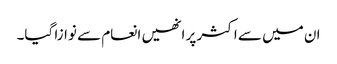
ان میں سے اکثر پر انھیں انعام سے نوازا گیا۔